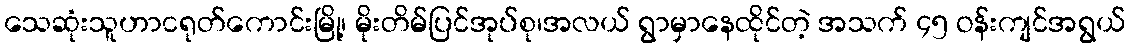
သေဆုံးသူဟာငရုတ်ကောင်းမြို့၊ မိုးတိမ်ပြင်အုပ်စု၊အလယ် ရွာမှာနေထိုင်တဲ့ အသက် ၄၅ ဝန်းကျင်အရွယ်